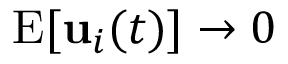
\mathrm { E } [ { \bf { u } } _ { i } ( t ) ] \rightarrow 0